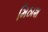
મિઠાશ